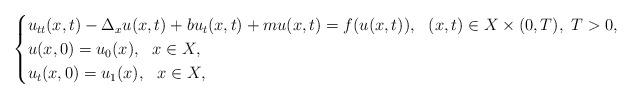
LaTeX: \begin{align*} \begin{cases} u_{tt}(x,t)-\Delta_{x}u(x,t)+bu_{t}(x,t)+mu(x,t)=f(u(x,t)),\,\,\,\,(x,t)\in X\times (0,T),\,\,T>0,\\ u(x,0)=u_{0}(x),\,\,\,\,x\in X,\\ u_{t}(x,0)=u_{1}(x),\,\,\,\,x\in X, \end{cases} \end{align*}